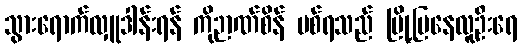
သွားရောက်လှူဒါန်းရန် ကိုဉာဏ်စိန် ပစ်ရသည် မြို့ပြနေလူဦးရေ